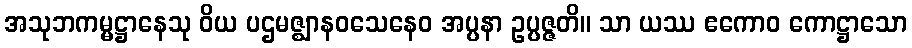
အသုဘကမ္မဋ္ဌာနေသု ဝိယ ပဌမဇ္ဈာနဝသေနေဝ အပ္ပနာ ဥပ္ပဇ္ဇတိ။ သာ ယဿ ဧကောဝ ကောဋ္ဌာသော